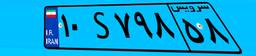
۱۰S۷۹۸۵۸